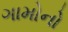
ગામોનો